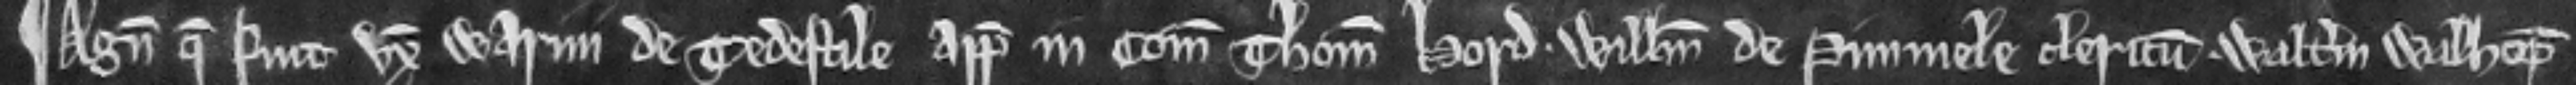
¶ Agnes que fuit uxor Warini de Tedestile appellavit in comitatu Thomam Hord Willelmum de Pimmele clericum. Walterum Walhop